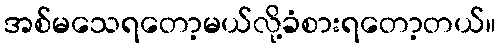
အစ်မသေရတော့မယ်လို့ခံစားရတော့တယ်။